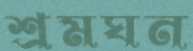
শ্রমঘন